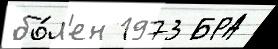
бо́л'ен 1973 БРА